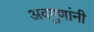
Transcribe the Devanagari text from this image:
अवगुणांनी